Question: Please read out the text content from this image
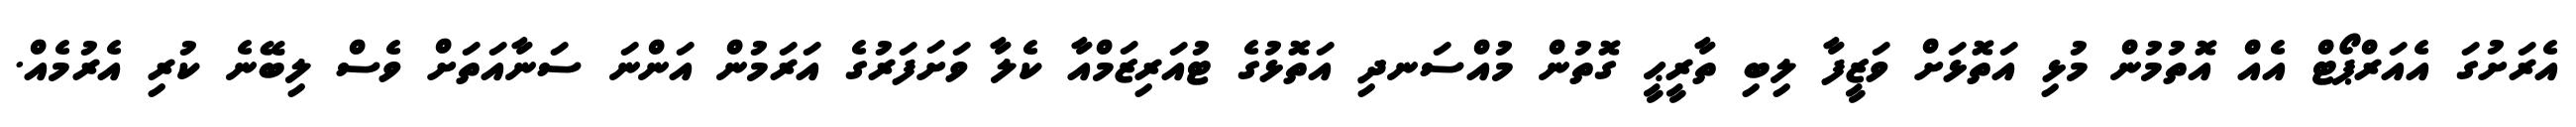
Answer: އެރަށުގަ އެއަރްޕޯޓް އެއް އޮތުމުން މުޅި އަތޮޅަށް ވަޒީފާ ލިބި ތާރީޙީ ގޮތުން މުއްސަނދި އަތޮޅުގެ ޓުއަރިޒަމްއާ ކެލާ ވަށަފަރުގެ އަރަމުން އަންނަ ސަނާއަތަށް ވެސް ލިބޭނެ ކުރި އެރުމެއް.